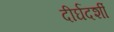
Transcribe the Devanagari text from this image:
दीर्घदर्शी